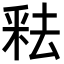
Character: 𬪻